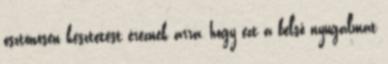
ösztönösen késztetést éreznek arra, hogy ezt a belső nyugalmat